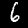
Label: 6